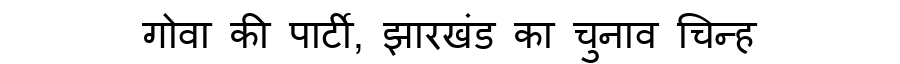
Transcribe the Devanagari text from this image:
गोवा की पार्टी, झारखंड का चुनाव चिन्ह